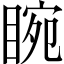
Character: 睕